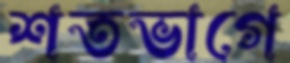
শতভাগে